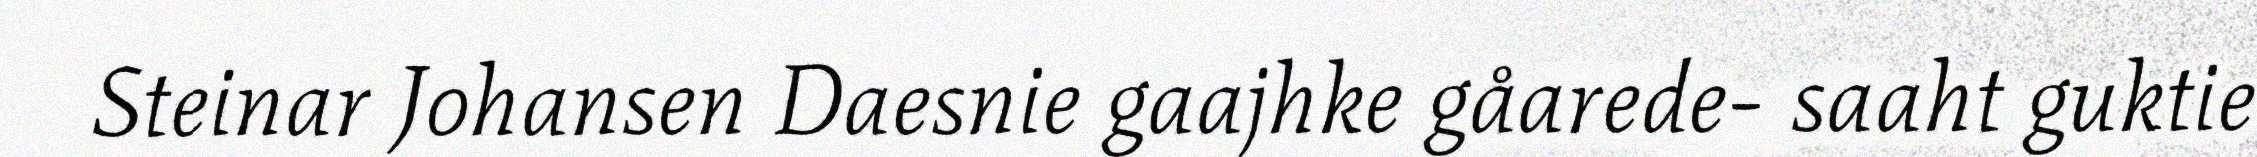
Steinar Johansen Daesnie gaajhke gåarede- saaht guktie